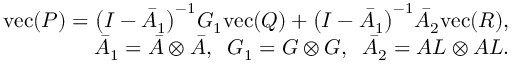
\begin{array} { r } { \mathrm { v e c } ( P ) = \big ( I - \bar { A } _ { 1 } \big ) ^ { - 1 } G _ { 1 } \mathrm { v e c } ( Q ) + \big ( I - \bar { A } _ { 1 } \big ) ^ { - 1 } \bar { A } _ { 2 } \mathrm { v e c } ( R ) , } \\ { \bar { A } _ { 1 } = \bar { A } \otimes \bar { A } , \; \; G _ { 1 } = G \otimes G , \; \; \bar { A } _ { 2 } = A L \otimes A L . } \end{array}